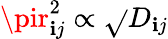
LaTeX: \pir_{\mathbf{i}j}^{2}\propto\sqrt{}{{D_{\mathbf{i}j}}}